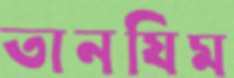
তানযিম